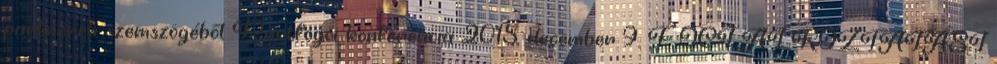
partnerek szemszögéből Pártfogói konferencia 2015. december 9. F OGLALKOZTATÁSI